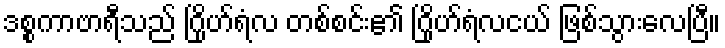
ဒစ္စကာဗာရီသည် ဂြိုဟ်ရံလ တစ်စင်း၏ ဂြိုဟ်ရံလငယ် ဖြစ်သွားလေပြီ။